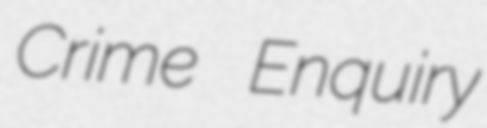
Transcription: Crime Enquiry